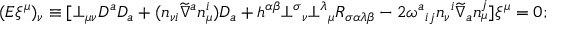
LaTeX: ( { \cal E } \xi ^ { \mu } ) _ { \nu } \equiv [ \bot _ { \mu \nu } D ^ { a } D _ { a } + ( n _ { \nu i } \widetilde { \nabla } ^ { a } n _ { \mu } ^ { i } ) D _ { a } + h ^ { \alpha \beta } \bot ^ { \sigma } { _ { \nu } } \bot ^ { \lambda } { _ { \mu } } R _ { \sigma \alpha \lambda \beta } - 2 \omega ^ { a } { _ { i j } } n _ { \nu } { ^ { i } } \widetilde { \nabla } _ { a } n _ { \mu } ^ { j } ] \xi ^ { \mu } = 0 ;